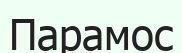
Парамос